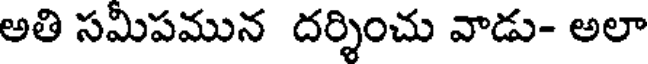
అతి సమీపమున దర్శించు వాడు- అలా